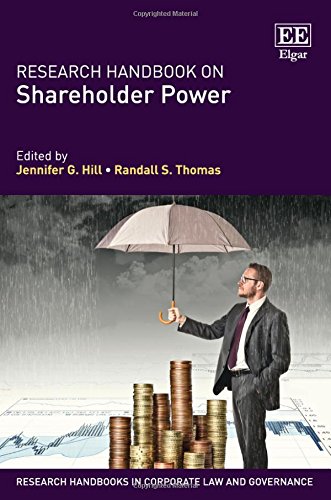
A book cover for Research Handbook on Shareholder Power (Research Handbooks in Corporate Law and Governance series) (Elgar Original Reference); Jennifer G. Hill; Law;